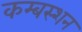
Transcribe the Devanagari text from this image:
कम्बस्शन